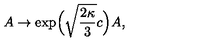
A \to \exp \! \Big ( \sqrt { \frac { 2 \kappa } { 3 } } c \Big ) A ,